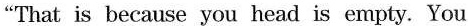
“That is because you head is empty. You